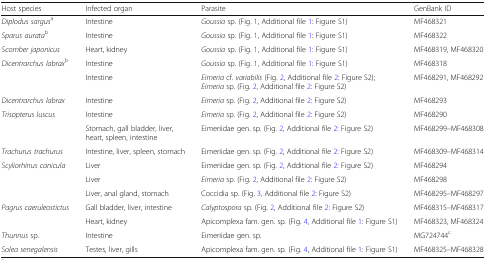
<table><thead><tr><td><b>Host species</b></td><td><b>Infected organ</b></td><td><b>Parasite</b></td><td><b>GenBank ID</b></td></tr></thead><tbody><tr><td><i>Diplodus sargus</i><sup>a</sup></td><td>Intestine</td><td><i>Goussia</i> sp. (Fig. 1, Additional file 1: Figure S1)</td><td>MF468321</td></tr><tr><td><i>Sparus aurata</i><sup>b</sup></td><td>Intestine</td><td><i>Goussia</i> sp. (Fig. 1, Additional file 1: Figure S1)</td><td>MF468322</td></tr><tr><td><i>Scomber japonicus</i></td><td>Heart, kidney</td><td><i>Goussia</i> sp. (Fig. 1, Additional file 1: Figure S1)</td><td>MF468319, MF468320</td></tr><tr><td rowspan="2"><i>Dicentrarchus labrax</i><sup>b</sup></td><td>Intestine</td><td><i>Goussia</i> sp. (Fig. 1, Additional file 1: Figure S1)</td><td>MF468318</td></tr><tr><td>Intestine</td><td><i>Eimeria</i> cf. <i>variabilis</i> (Fig. 2, Additional file 2: Figure S2);<i>Eimeria</i> sp. (Fig. 2, Additional file 2: Figure S2)</td><td>MF468291, MF468292</td></tr><tr><td><i>Dicentrarchus labrax</i></td><td>Intestine</td><td><i>Eimeria</i> sp. (Fig. 2, Additional file 2: Figure S2)</td><td>MF468293</td></tr><tr><td rowspan="2"><i>Trisopterus luscus</i></td><td>Intestine</td><td><i>Eimeria</i> sp. (Fig. 2, Additional file 2: Figure S2)</td><td>MF468290</td></tr><tr><td>Stomach, gall bladder, liver, heart, spleen, intestine</td><td>Eimeriidae gen. sp. (Fig. 2, Additional file 2: Figure S2)</td><td>MF468299–MF468308</td></tr><tr><td><i>Trachurus trachurus</i></td><td>Intestine, liver, spleen, stomach</td><td>Eimeriidae gen. sp. (Fig. 2, Additional file 2: Figure S2)</td><td>MF468309–MF468314</td></tr><tr><td rowspan="3"><i>Scyliorhinus canicula</i></td><td>Liver</td><td>Eimeriidae gen. sp. (Fig. 2, Additional file 2: Figure S2)</td><td>MF468294</td></tr><tr><td>Liver</td><td><i>Eimeria</i> sp. (Fig. 2, Additional file 2: Figure S2)</td><td>MF468298</td></tr><tr><td>Liver, anal gland, stomach</td><td>Coccidia sp. (Fig. 3, Additional file 2: Figure S2)</td><td>MF468295–MF468297</td></tr><tr><td rowspan="2"><i>Pagrus caeruleostictus</i></td><td>Gall bladder, liver, intestine</td><td><i>Calyptospora</i> sp. (Fig. 2, Additional file 2: Figure S2)</td><td>MF468315–MF468317</td></tr><tr><td>Heart, kidney</td><td>Apicomplexa fam. gen. sp<i>.</i> (Fig. 4, Additional file 1: Figure S1)</td><td>MF468323, MF468324</td></tr><tr><td><i>Thunnus</i> sp.</td><td>Intestine</td><td>Eimeriidae gen. sp.</td><td>MG724744<sup>c</sup></td></tr><tr><td><i>Solea senegalensis</i></td><td>Testes, liver, gills</td><td>Apicomplexa fam. gen. sp<i>.</i> (Fig. 4, Additional file 1: Figure S1)</td><td>MF468325–MF468328</td></tr></tbody></table>